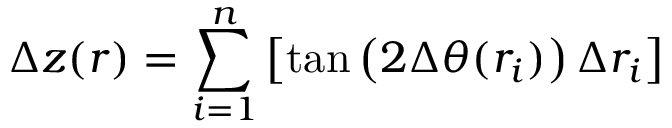
\Delta z ( r ) = \sum _ { i = 1 } ^ { n } \left[ \tan \left( 2 \Delta \theta ( r _ { i } ) \right) \Delta r _ { i } \right]